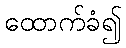
ထောက်ခံ၍